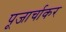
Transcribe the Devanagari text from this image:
पूजार्चाकर